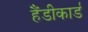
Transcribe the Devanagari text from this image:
हैंडीकार्ड